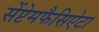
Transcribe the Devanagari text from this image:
सेंप्टेमफैसिऐटा